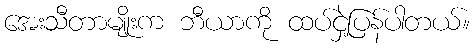
အေးသီတာမျိုးက ဘီယာကို ထပ်ငှဲ့ပြန်ပါတယ်။